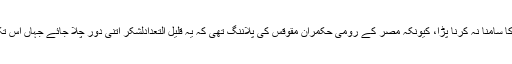
انھیں کسی مزاحمت کا سامنا نہ کرنا پڑا، کیونکہ مصر کے رومی حکمران مقوقس کی پلاننگ تھی کہ یہ قلیل التعدادلشکر اتنی دور چلا جائے جہاں اس تک مددآنا ممکن نہ ہو۔